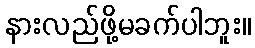
နားလည်ဖို့မခက်ပါဘူး။